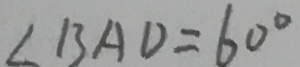
\angle B A D = 6 0 ^ { \circ }